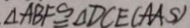
\Delta A B F \cong \Delta D C E ( A A S )